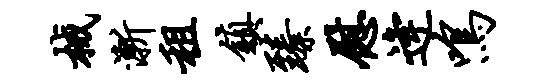
械渐租镇臻慰逄鸣